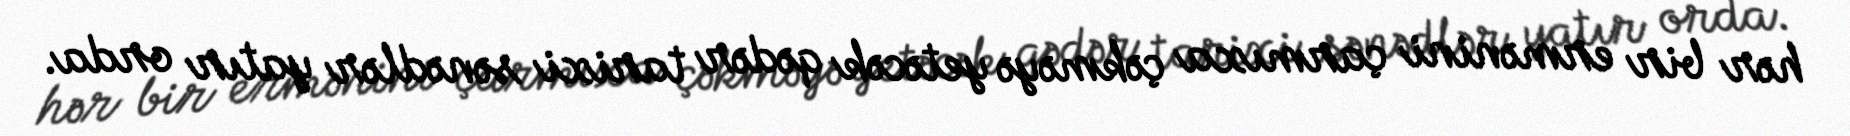
hər bir ermənini çarmıxa çəkməyə yetəcək qədər tarixi sənədlər yatır orda.